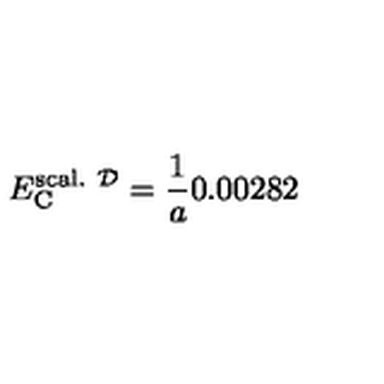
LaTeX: E _ { \mathrm { C } } ^ { \mathrm { s c a l . } \ { \cal D } } = { \frac { 1 } { a } } 0 . 0 0 2 8 2